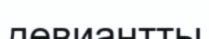
девиантты